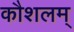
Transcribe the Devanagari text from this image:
कौशलम्‌